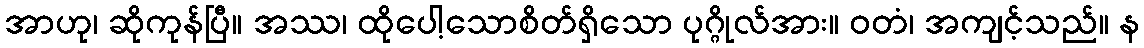
အာဟု၊ ဆိုကုန်ပြီ။ အဿ၊ ထိုပေါ့သောစိတ်ရှိသော ပုဂ္ဂိုလ်အား။ ဝတံ၊ အကျင့်သည်။ န